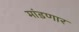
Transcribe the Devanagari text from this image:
मांडणार